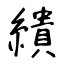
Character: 繢